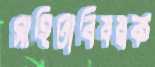
সাহিত্যবিষয়ক